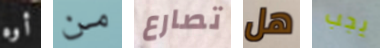
أوه من تصارع هل يجب